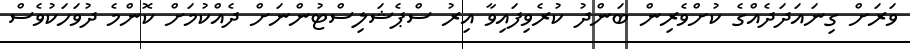
ވަރަށް ގިނައަދަދެއްގެ ކުށްވެރިން ބަންދު ކުރެވިފައިވާ އިރު ސްޕެޝަލިސްޓުންނަށް ދެއްކުމަށް ކޮންމެ ދުވަހަކުވެސް